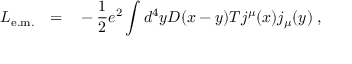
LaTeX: { \cal L } _ { \mathrm { e . m . } } ~ ~ = ~ ~ - { \frac { 1 } { 2 } } e ^ { 2 } \int d ^ { 4 } y D ( x - y ) T j ^ { \mu } ( x ) j _ { \mu } ( y ) \; ,